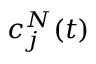
c _ { j } ^ { N } ( t )